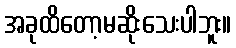
အခုထိတော့မဆိုးသေးပါဘူး။